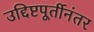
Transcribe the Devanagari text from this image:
उद्दिष्टपूर्तीनंतर